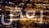
بعض